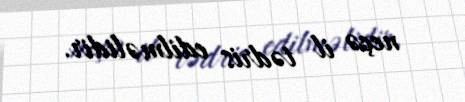
neçə il tədris edilməlidir.